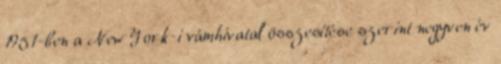
1951-ben a New York-i vámhivatal összesítése szerint negyven év